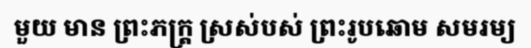
មួយ មាន ព្រះភក្ត្រ ស្រស់បស់ ព្រះរូបឆោម សមរម្យ